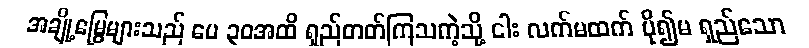
အချို့မြွေများသည် ပေ ၃၀အထိ ရှည်တတ်ကြသကဲ့သို့ ငါး လက်မထက် ပို၍မ ရှည်သော